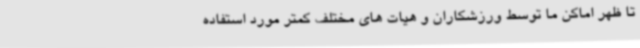
تا ظهر اماکن ما توسط ورزشکاران و هیات های مختلف کمتر مورد استفاده